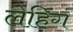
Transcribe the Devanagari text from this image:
लेहिग